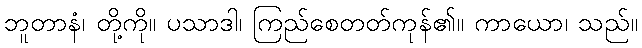
ဘူတာနံ၊ တို့ကို။ ပသာဒါ၊ ကြည်စေတတ်ကုန်၏။ ကာယော၊ သည်။